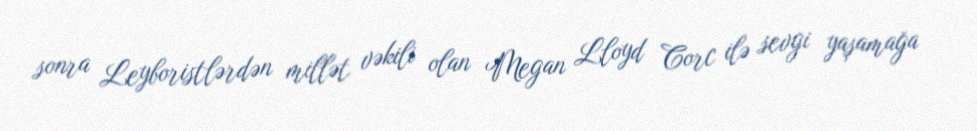
sonra Leyboristlərdən millət vəkili olan Megan Lloyd Corc ilə sevgi yaşamağa